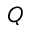
Q